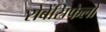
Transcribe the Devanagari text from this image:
रोबेंसिफेलों